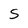
Character: S